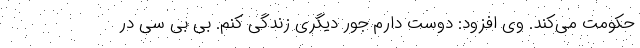
حکومت می‌کند. وی افزود: دوست دارم جور دیگری زندگی کنم. بی بی سی در